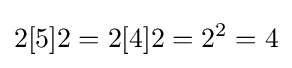
2[5]2=2[4]2=2^{2}=4